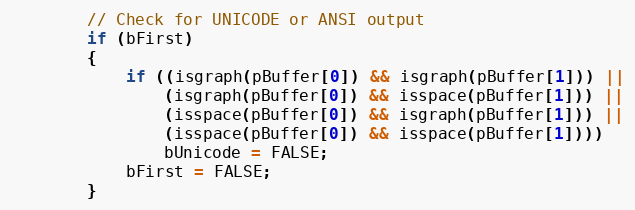
Language: C++
        // Check for UNICODE or ANSI output
        if (bFirst)
        {
            if ((isgraph(pBuffer[0]) && isgraph(pBuffer[1])) ||
                (isgraph(pBuffer[0]) && isspace(pBuffer[1])) ||
                (isspace(pBuffer[0]) && isgraph(pBuffer[1])) ||
                (isspace(pBuffer[0]) && isspace(pBuffer[1])))
                bUnicode = FALSE;
            bFirst = FALSE;
        }